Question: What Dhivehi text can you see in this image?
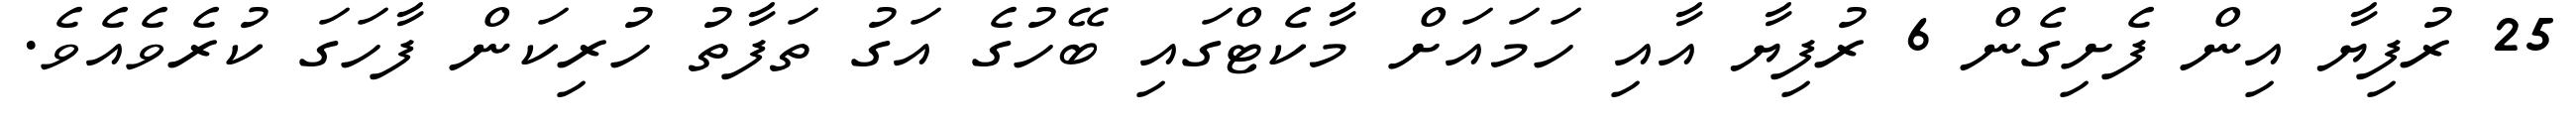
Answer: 25 ރުފިޔާ އިން ފެށިގެން 6 ރުފިޔާ އާއި ހަމައަށް މާކެޓްގައި ބޭހުގެ އަގު ތަފާތު ހުރިކަން ފާހަގަ ކުރެވެއެވެ.